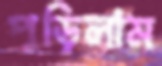
পুড়িলাম